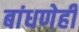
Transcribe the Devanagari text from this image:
बांधणेही